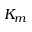
K _ { m }